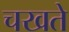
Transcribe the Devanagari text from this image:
चखते